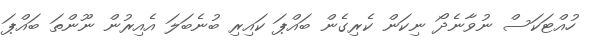
ހުއްޓަކަސް ނުވާނެދޯ ނިކަން ކެރިގެން ބައްޕަ ކައިރި ބުނެބަލަ އެއިރުން ނޫންތަ ބައްޕަ